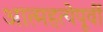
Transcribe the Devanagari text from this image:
आत्महत्येपूर्वी